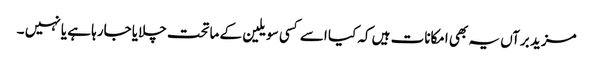
مزید برآں یہ بھی امکانات ہیں کہ کیا اسے کسی سویلین کے ماتحت چلایا جارہا ہے یا نہیں ۔